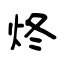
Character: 炵